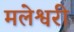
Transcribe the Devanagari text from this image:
मलेश्वरी